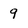
Character: 9